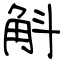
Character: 斛